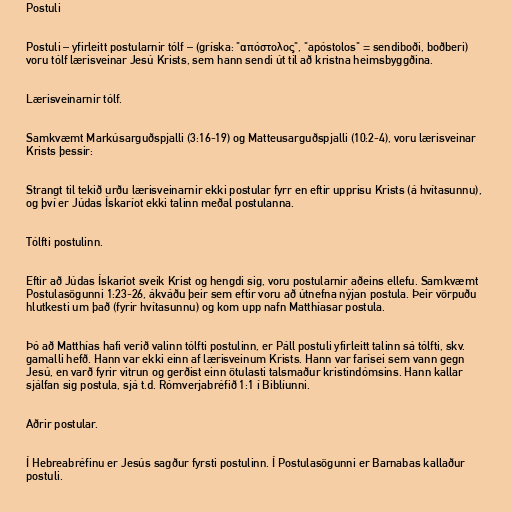
Postuli

Postuli – yfirleitt postularnir tólf – (gríska: "απόστολος", "apóstolos" = sendiboði, boðberi)
voru tólf lærisveinar Jesú Krists, sem hann sendi út til að kristna heimsbyggðina.

Lærisveinarnir tólf.

Samkvæmt Markúsarguðspjalli (3:16-19) og Matteusarguðspjalli (10:2-4), voru lærisveinar
Krists þessir:

Strangt til tekið urðu lærisveinarnir ekki postular fyrr en eftir upprisu Krists (á hvítasunnu),
og því er Júdas Ískaríot ekki talinn meðal postulanna.

Tólfti postulinn.

Eftir að Júdas Ískaríot sveik Krist og hengdi sig, voru postularnir aðeins ellefu. Samkvæmt
Postulasögunni 1:23-26, ákváðu þeir sem eftir voru að útnefna nýjan postula. Þeir vörpuðu
hlutkesti um það (fyrir hvítasunnu) og kom upp nafn Matthíasar postula.

Þó að Matthías hafi verið valinn tólfti postulinn, er Páll postuli yfirleitt talinn sá tólfti, skv.
gamalli hefð. Hann var ekki einn af lærisveinum Krists. Hann var farísei sem vann gegn
Jesú, en varð fyrir vitrun og gerðist einn ötulasti talsmaður kristindómsins. Hann kallar
sjálfan sig postula, sjá t.d. Rómverjabréfið 1:1 í Biblíunni.

Aðrir postular.

Í Hebreabréfinu er Jesús sagður fyrsti postulinn. Í Postulasögunni er Barnabas kallaður
postuli.